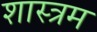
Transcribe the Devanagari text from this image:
शास्त्रम